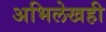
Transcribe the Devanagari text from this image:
अभिलेखही